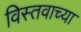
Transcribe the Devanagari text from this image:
विस्तवाच्या